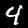
Digit: 4